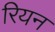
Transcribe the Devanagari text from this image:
रियन